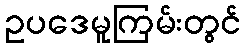
ဥပဒေမူကြမ်းတွင်